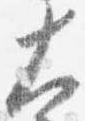
大